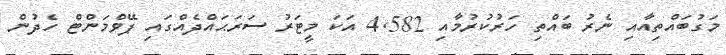
މަގުބައްތިއާއި ނެރު ބައްތި ހަރުކުރުމާއި 4